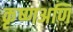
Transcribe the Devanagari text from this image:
कृष्णअणि